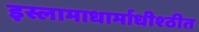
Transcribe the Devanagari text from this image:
इस्लामाधार्माधीश्ठीत